Civil Veterinary Dept. Bombay admin report 1907-1913 - 1907-1913
Year: 1907
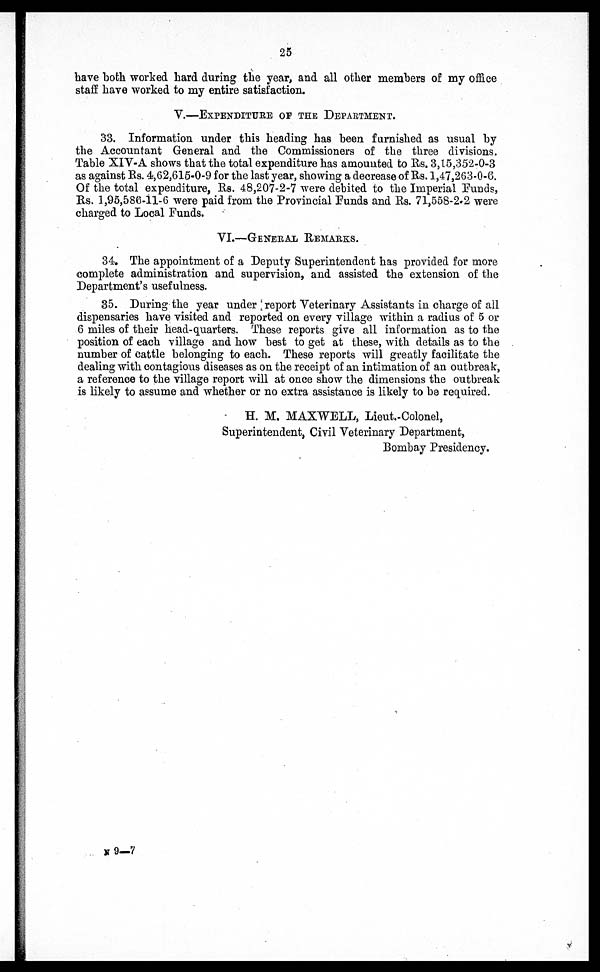
25
have both worked hard during the year, and all other members of my office
staff have worked to my entire satisfaction.
V.—EXPENDITURE OF THE DEPARTMENT.
33. Information under this heading has been furnished as usual by
the Accountant General and the Commissioners of the three divisions.
Table XIV-A shows that the total expenditure has amounted to Rs. 3,15,352-0-3
as against Rs. 4,62,615-0-9 for the last year, showing a decrease of Rs. 1,47,263-0-6.
Of the total expenditure, Rs. 48,207-2-7 were debited to the Imperial Funds,
Rs. 1,95,586-11-6 were paid from the Provincial Funds and Rs. 71,558-2-2 were
charged to Local Funds.
VI.—GENERAL REMARKS
34. The appointment of a Deputy Superintendent has provided for more
complete administration and supervision, and assisted the extension of the
Department's usefulness.
35. During the year under report Veterinary Assistants in charge of all
dispensaries have visited and reported on every village within a radius of 5 or
6 miles of their head-quarters. These reports give all information as to the
position of each village and how best to get at these, with details as to the
number of cattle belonging to each. These reports will greatly facilitate the
dealing with contagious diseases as on the receipt of an intimation of an outbreak,
a reference to the village report will at once show the dimensions the outbreak
is likely to assume and whether or no extra assistance is likely to be required.
H. M. MAXWELL, Lieut.-Colonel,
Superintendent, Civil Veterinary Department,
Bombay Presidency.
N 9—7